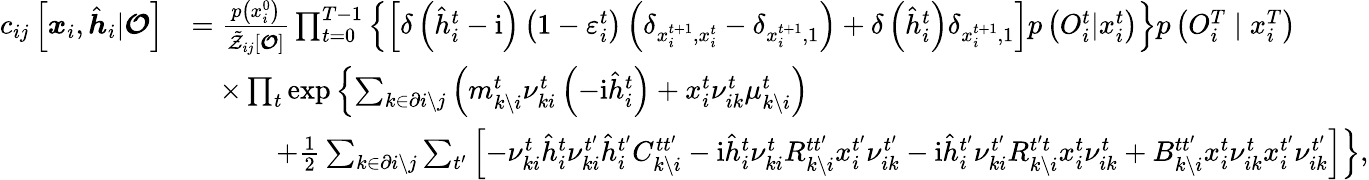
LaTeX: \begin{array}{rl}{c_{ij}\left[\boldsymbol{x}_{i},\hat{\boldsymbol{h}}_{i}|\boldsymbol{\mathcal{O}}\right]}&{=\frac{p\left(x_{i}^{0}\right)}{\tilde{\mathcal{Z}}_{ij}[\boldsymbol{\mathcal{O}}]}\prod_{t=0}^{T-1}\left\{ \left[\delta\left(\hat{h}_{i}^{t}-\mathrm{i}\right)\left(1-\varepsilon_{i}^{t}\right)\left(\delta_{x_{i}^{t+1},x_{i}^{t}}-\delta_{x_{i}^{t+1},1}\right)+\delta\left(\hat{h}_{i}^{t}\right)\delta_{x_{i}^{t+1},1}\right]p\left({O}_{i}^{t}|x_{i}^{t}\right)\right\} p\left({O}_{i}^{T}\mid x_{i}^{T}\right)}\\ &{\quad\times\prod_{t}\exp\left\{ \sum_{k\in\partial i\setminus j}\left(m_{k\setminus i}^{t}\nu_{ki}^{t}\left(-\mathrm{i}\hat{h}_{i}^{t}\right)+x_{i}^{t}\nu_{ik}^{t}\mu_{k\setminus i}^{t}\right)\right.}\\ &{\quad\qquad\left.+\frac{1}{2}\sum_{k\in\partial i\setminus j}\sum_{t^{\prime}}\left[-\nu_{ki}^{t}\hat{h}_{i}^{t}\nu_{ki}^{t^{\prime}}\hat{h}_{i}^{t^{\prime}}C_{k\setminus i}^{tt^{\prime}}-\mathrm{i}\hat{h}_{i}^{t}\nu_{ki}^{t}R_{k\setminus i}^{tt^{\prime}}x_{i}^{t^{\prime}}\nu_{ik}^{t^{\prime}}-\mathrm{i}\hat{h}_{i}^{t^{\prime}}\nu_{ki}^{t^{\prime}}R_{k\setminus i}^{t^{\prime}t}x_{i}^{t}\nu_{ik}^{t}+B_{k\setminus i}^{tt^{\prime}}x_{i}^{t}\nu_{ik}^{t}x_{i}^{t^{\prime}}\nu_{ik}^{t^{\prime}}\right]\right\} ,}\end{array}